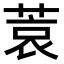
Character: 𫈮